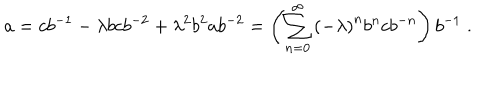
a = c b ^ { - 1 } - \lambda b c b ^ { - 2 } + \lambda ^ { 2 } b ^ { 2 } a b ^ { - 2 } = \left( \sum _ { n = 0 } ^ { \infty } \left( - \lambda \right) ^ { n } b ^ { n } c b ^ { - n } \right) b ^ { - 1 } \; .